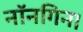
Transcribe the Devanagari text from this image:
नॉनगिन।